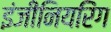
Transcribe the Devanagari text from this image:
इंजीनियरिंग